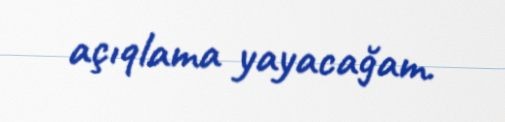
açıqlama yayacağam.